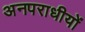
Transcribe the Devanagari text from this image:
अनपराधीयों